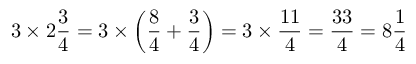
3 \times 2 { \frac { 3 } { 4 } } = 3 \times \left( { \frac { 8 } { 4 } } + { \frac { 3 } { 4 } } \right) = 3 \times { \frac { 1 1 } { 4 } } = { \frac { 3 3 } { 4 } } = 8 { \frac { 1 } { 4 } }